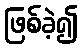
ဖြစ်ခဲ့၍